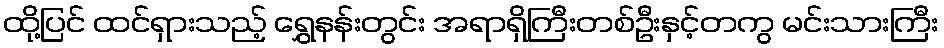
ထို့ပြင် ထင်ရှားသည့် ရွှေနန်းတွင်း အရာရှိကြီးတစ်ဦးနှင့်တကွ မင်းသားကြီး